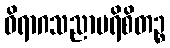
ဝိရာဂသညာပရိစိတဉ္စ